Vital statistics of India. Vol. VI, European troops 1870-79
Year: 1870
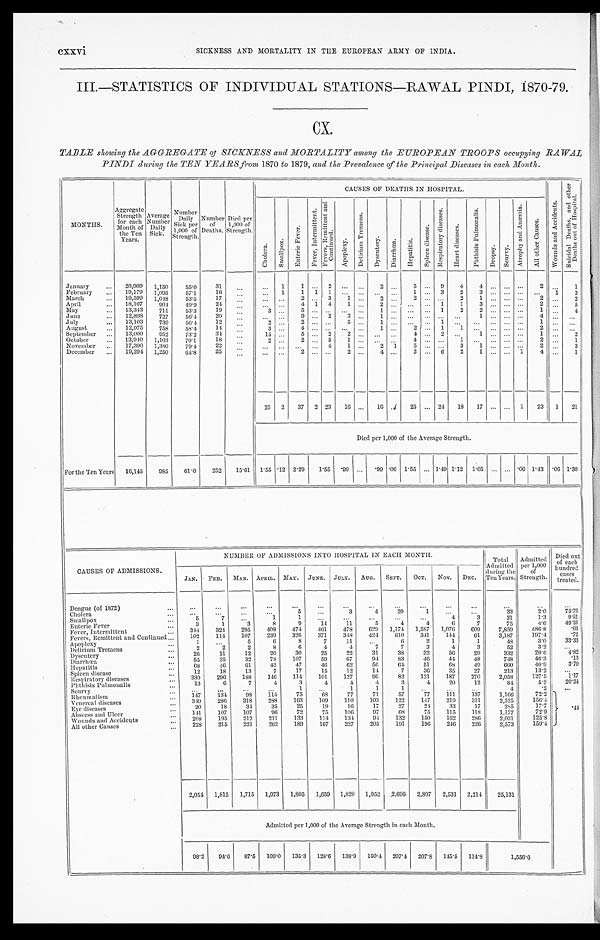
CXXVi
SICKNESS AND MORTALITY IN THE EUROPEAN ARMY OF INDIA.
III.—STATISTICS OF INDIVIDUAL STATIONS—RAWAL PINDI, 1870-79.
CX.
TABLE showing the AGGREGATE of SICKNESS and MORTALITY among the EUROPEAN TROOPS occupying RAWAL
PINDI during the TEN YEARS from 1870 to 1879, and the Prevalence of the Principal Diseases in each Month.
MONTHS.
Aggregate Strength for each
Month of
the Ten
Years.
Average
Number Daily
Sick.
Number Daily
Sick per
1,000 of
Strength.
Number of
Deaths.
Died per
1,000 of
Strength.
CAUSES OF DEATHS IN HOSPITAL.
W o u n d s a n d A c c i d e n t s .
S u i c i d a l D e a t h s , a n d o t h e r
D e a t h s o u t o f H o s p i t a l .
C h o l e r a .
S m a l l p o x .
E n t e r i c F e v e r .
F e v e r , I n t e r m i t t e n t .
F e v e r , R e m i t t e n t a n d
C o n t i n u e d .
A p o p l e x y .
D e l i r i u m T r e m e n s .
D y s e n t e r y .
D i a r r h œ a .
H e p a t i t i s . S p l e e n d i s e a s e s .
R e s p i r a t o r y d i s e a s e s .
H e a r t d i s e a s e s .
P h t h i s i s P u l m o n a l i s .
D r o p s y . S c u r v y .
A t r o p h y a n d A n æ m i a .
A l l o t h e r C a u s e s .
January
20,909 1,150 55.0 31
1 1
2
2
5 9 4 4
2
1
February
19,179 1,095 57.1 16
1 1 1 1
1
3 2 3
1 2
March 19,599 1,048 53.5 17
2
3 1
2
2
2 1
2
2
April
18,107 904 49.9 24
4 1 4 1 2
1
1 3
2
5
May
13,343 711 53.3 19
3
5
1
1 2 2
1
4
June
12,898 727 56.4 20
9
2 3 1
1
4
July
13,103 739 56.4 12
2
2
5 1
1
1
August
12,975 758 58.4 14
3
4
1
2
1 1
2
September
13,000 952 73.2 34
1 5
5
2 2
4 2
1
1
2
October
13,940 1,103 79.1 18
2
2
5 1
4
1
2
1
November
17,390 1,380 79.4 22
4 1
2 1
5
3 1
2
3
December
19,294 1,250 64.8 25
2
2
4
2
6 2 1
1 4
1
25 2 37 2 23 16
16 1 25
24 18 17
1 23 1 21
Died per 1,000 of the Average Strength.
For the Ten Years 16,145 985 61.0 252 15.61 1.55 .12 2.29 1.55
. 9 9
. 9 9 . 0 6 1 . 5 5 1.49 1 . 1 2 1. 05
. 0 6 1 . 4 3 . 0 6 1 . 3 0
CAUSES OF ADMISSIONS.
NUMBER OF ADMISSIONS INTO HOSPITAL IN EACH MONTH.
Total
Admitted
during the
Ten Years.
Admitted per 1,000
of
Strength.
Died out
of each
hundred cases treated.
JAN. FEB. MAR. APRIL. MAY. JUNE. JULY. AUG. SEPT. OCT. NOV. DEC.
Dengue (of 1872)
Cholera
5
3
4
2 0
1
33
2 . 0
7 5 . 7 6
Smallpox
5
7
1
1
4
3
2 1
1 . 3
9 . 5 2
Enteric Fever
3
1
3
8
9 14 11
5
4
4
6
7
75
4.6
4 9 . 3 3
Fever, Intermittent
344 324 295
4 0 8
4 7 4
4 6 1
4 7 8
6 2 9 1,174 1,587 1,076
6 0 9 7,859
4 8 6 . 8
. 0 3
Fevers, Remittent and Continued
102 114 107 239 326 371 348 424 610 341 144 61 3,187 197.4
.72
Apoplexy
1
5
6
8
7 11
6
2
1
1
48
3.0 33. 33
Delirium Tremens
2
2
2
8
6
4
4
7
7
3
4
3
52
3.2
Dysentery
26 11 12 20 30 25 22 31 38 32 56 29
332
20.6 4. 82
Diarrhœa
55 35 32
7 8
1 0 7
5 9
6 7
9 4
8 3
4 6
4 4
4 8
7 4 8
4 6 . 3
. 1 3
Hepatitis
68 46 61
4 2 47
4 6
6 2
5 6
6 4
5 1
6 8
4 9
6 6 0
4 0 . 9
3 . 7 9
Spleen disease
12 18 13
7
1 7
1 5
1 2
1 4
7
3 6
3 5
2 7 213
1 3 . 2
Respiratory diseases
3 3 0 296 188 146 114 101 127 96 82 121 187 270 2,058 127.5
1 . 1 7
Phthisis Pulmonalis
13
6
7
4
3
4
4
4
3
4 20 12
84
5 . 2
2 0 . 2 4
Scurvy
1
1
1
1
4
. 2
Rheumatism
147 134 98 114 75 68 77 71 57 77 111 137 1,166
72.2
.44
Venereal diseases
349 286 318 288 163 109 110 103 122 147 219 311 2,525 156.4
Eye diseases
20 18 34
3 5 25
1 9
1 6
1 7 27
2 4 33 17
285
1 7 . 7
Abscess and Ulcer
141 107
1 0 7
9 6
7 2
7 5
1 0 6
9 7
6 8
7 5
1 1 5
1 1 8
1 , 1 7 7
7 2 . 9
W o u n d s a n d A c c i d e n t s .
208
1 9 5 212
2 1 1
1 3 3
1 1 4
1 3 4
9 4
1 3 2
1 5 0
1 6 2
2 8 6
2 , 0 3 1
1 2 5 . 8
All other Causes
228
2 1 5 2 2 1
2 6 2
1 8 9
1 6 7
2 2 7
2 0 5
1 9 1
1 9 6
2 4 6
2 2 6
2 , 5 7 3
1 5 9 . 4
2,054 1,815 1,715 1,973 1,805 1,659 1,820 1,952 2,696 2,897 2,531 2,214 25,131
Admi t t ed per 1, 000 of t he Aver age St r engt h i n each Mont h.
98.2 94.6 87. 5 109.0 135. 3 128.6 138.9 150.4 207.4 207.8 145.5 114.8
1 , 5 5 6 . 6